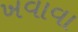
ખવાવા